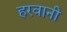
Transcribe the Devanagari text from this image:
हरवानी